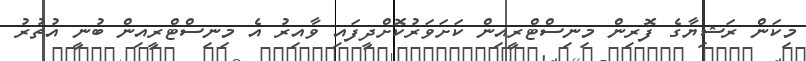
މިކަން ރަޝިޔާގެ ފޮރިން މިނިސްޓްރީއިން ކަށަވަރުކޮށްދީފައި ވާއިރު އެ މިނިސްޓްރީއިން ބުނީ އުތުރު